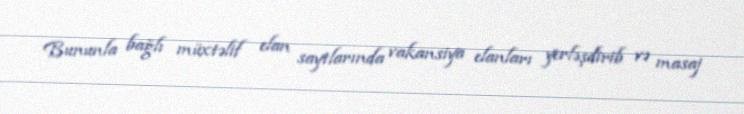
Bununla bağlı müxtəlif elan saytlarında vakansiya elanları yerləşdirib və masaj